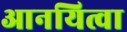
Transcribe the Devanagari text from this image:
आनयित्वा